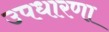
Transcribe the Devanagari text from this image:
उपधारणा